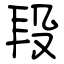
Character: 段